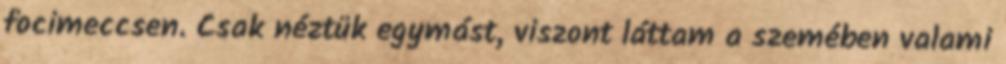
focimeccsen. Csak néztük egymást, viszont láttam a szemében valami